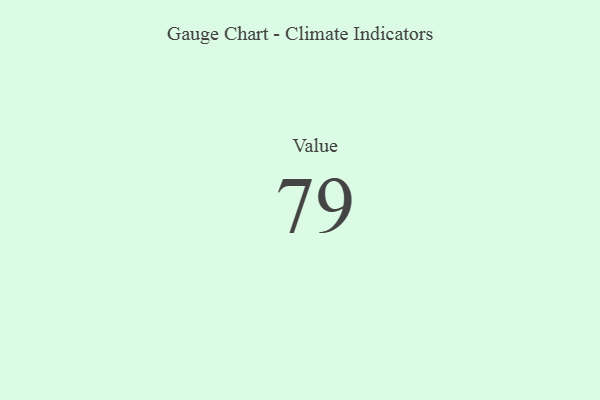
{"axis": {"x": "Metric", "y": "Value"}, "legend": [""], "data": [{"x": "Value", "y": 79, "type": ""}]}